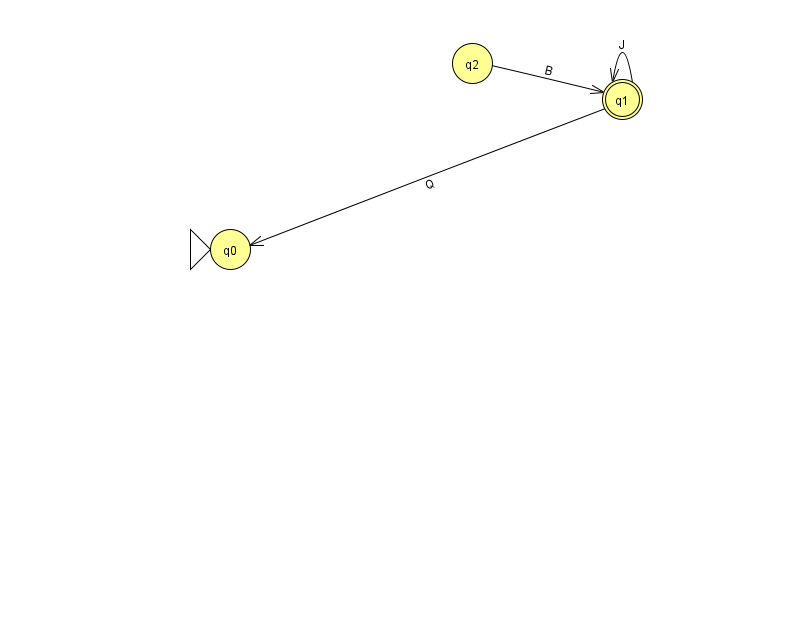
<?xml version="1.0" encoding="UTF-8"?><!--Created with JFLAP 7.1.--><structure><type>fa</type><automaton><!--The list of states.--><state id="0" name="q0"><x>230.0</x><y>236.0</y><initial/></state><state id="1" name="q1"><x>622.0</x><y>86.0</y><final/></state><state id="2" name="q2"><x>472.0</x><y>50.0</y></state><!--The list of transitions.--><transition><from>2</from><to>1</to><read>B</read></transition><transition><from>1</from><to>1</to><read>J</read></transition><transition><from>1</from><to>0</to><read>Q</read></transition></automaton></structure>